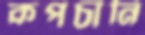
কপচানি